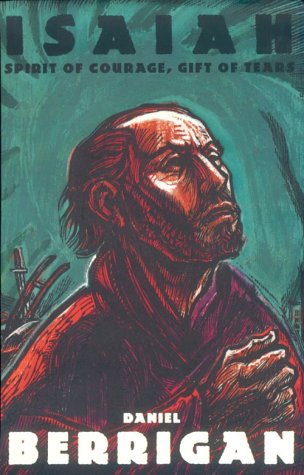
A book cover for Isaiah : Spirit of Courage, Gift of Tears; Daniel Berrigan; Christian Books & Bibles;